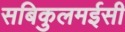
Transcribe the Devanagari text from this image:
सबिकुलमईसी